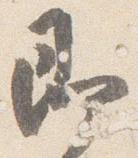
即